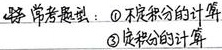
常考题型：\textcircled{1} 不定积分的计算
\textcircled{3} 定积分的计算